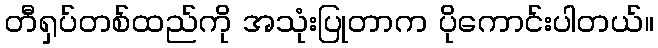
တီရှပ်တစ်ထည်ကို အသုံးပြုတာက ပိုကောင်းပါတယ်။